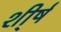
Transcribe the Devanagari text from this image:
शी्र्ष